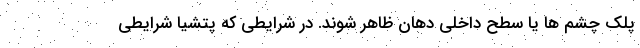
پلک چشم ها یا سطح داخلی دهان ظاهر شوند. در شرایطی که پتشیا شرایطی